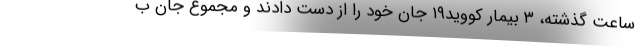
ساعت گذشته، ۳ بیمار کووید۱۹ جان خود را از دست دادند و مجموع جان ب